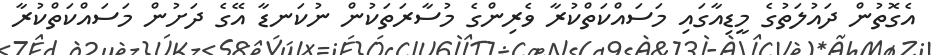
އެގޮތުން ދައުލަތުގެ މީޑިއާގައި މަސައްކަތްކުރާ ވެރިންގެ މުސާރަތަކުން ނުކަނޑާ އޭގެ ދަށުން މަސައްކަތްކުރާ